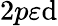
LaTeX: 2p\varepsilon\mathrm{d}